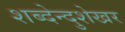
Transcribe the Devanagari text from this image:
शब्देन्दुशेखर